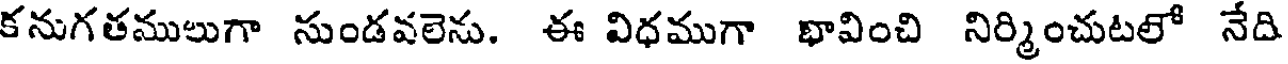
కనుగతములుగా సుండవలెను. ఈ విధముగా భావించి నిర్మించుటలో నేది